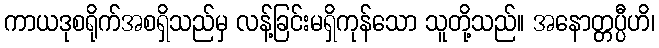
ကာယဒုစရိုက်အစရှိသည်မှ လန့်ခြင်းမရှိကုန်သော သူတို့သည်။ အနောတ္တပ္ပီဟိ၊